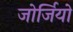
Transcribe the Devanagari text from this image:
जोर्जियो